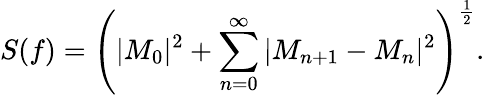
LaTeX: S(f)=\left(|M_{0}|^{2}+\sum_{n=0}^{\infty}|M_{n+1}-M_{n}|^{2}\right)^{\frac{1}{2}}.